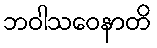
ဘဝါသဝေနာတိ